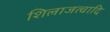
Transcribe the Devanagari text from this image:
शिलाजत्वादि